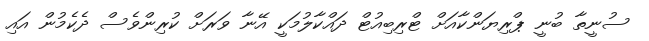
ސުނީތާ ބުނީ ޕްރިޔަންކާއަށް ޓްރިބިއުޓް ދައްކާލުމަކީ އޭނާ ވަރަށް ކުރިންވެސް ދެކެމުން އައި